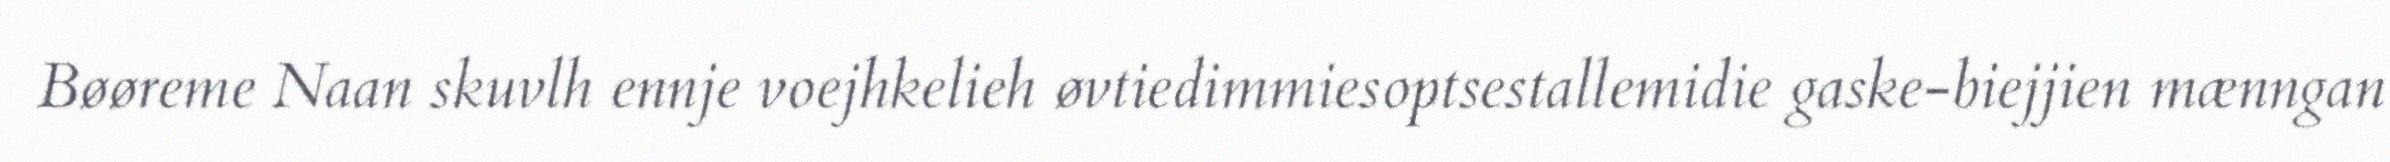
Bøøreme Naan skuvlh ennje voejhkelieh øvtiedimmiesoptsestallemidie gaske-biejjien mænngan